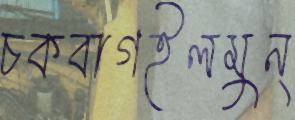
চকবাগইলমুন্